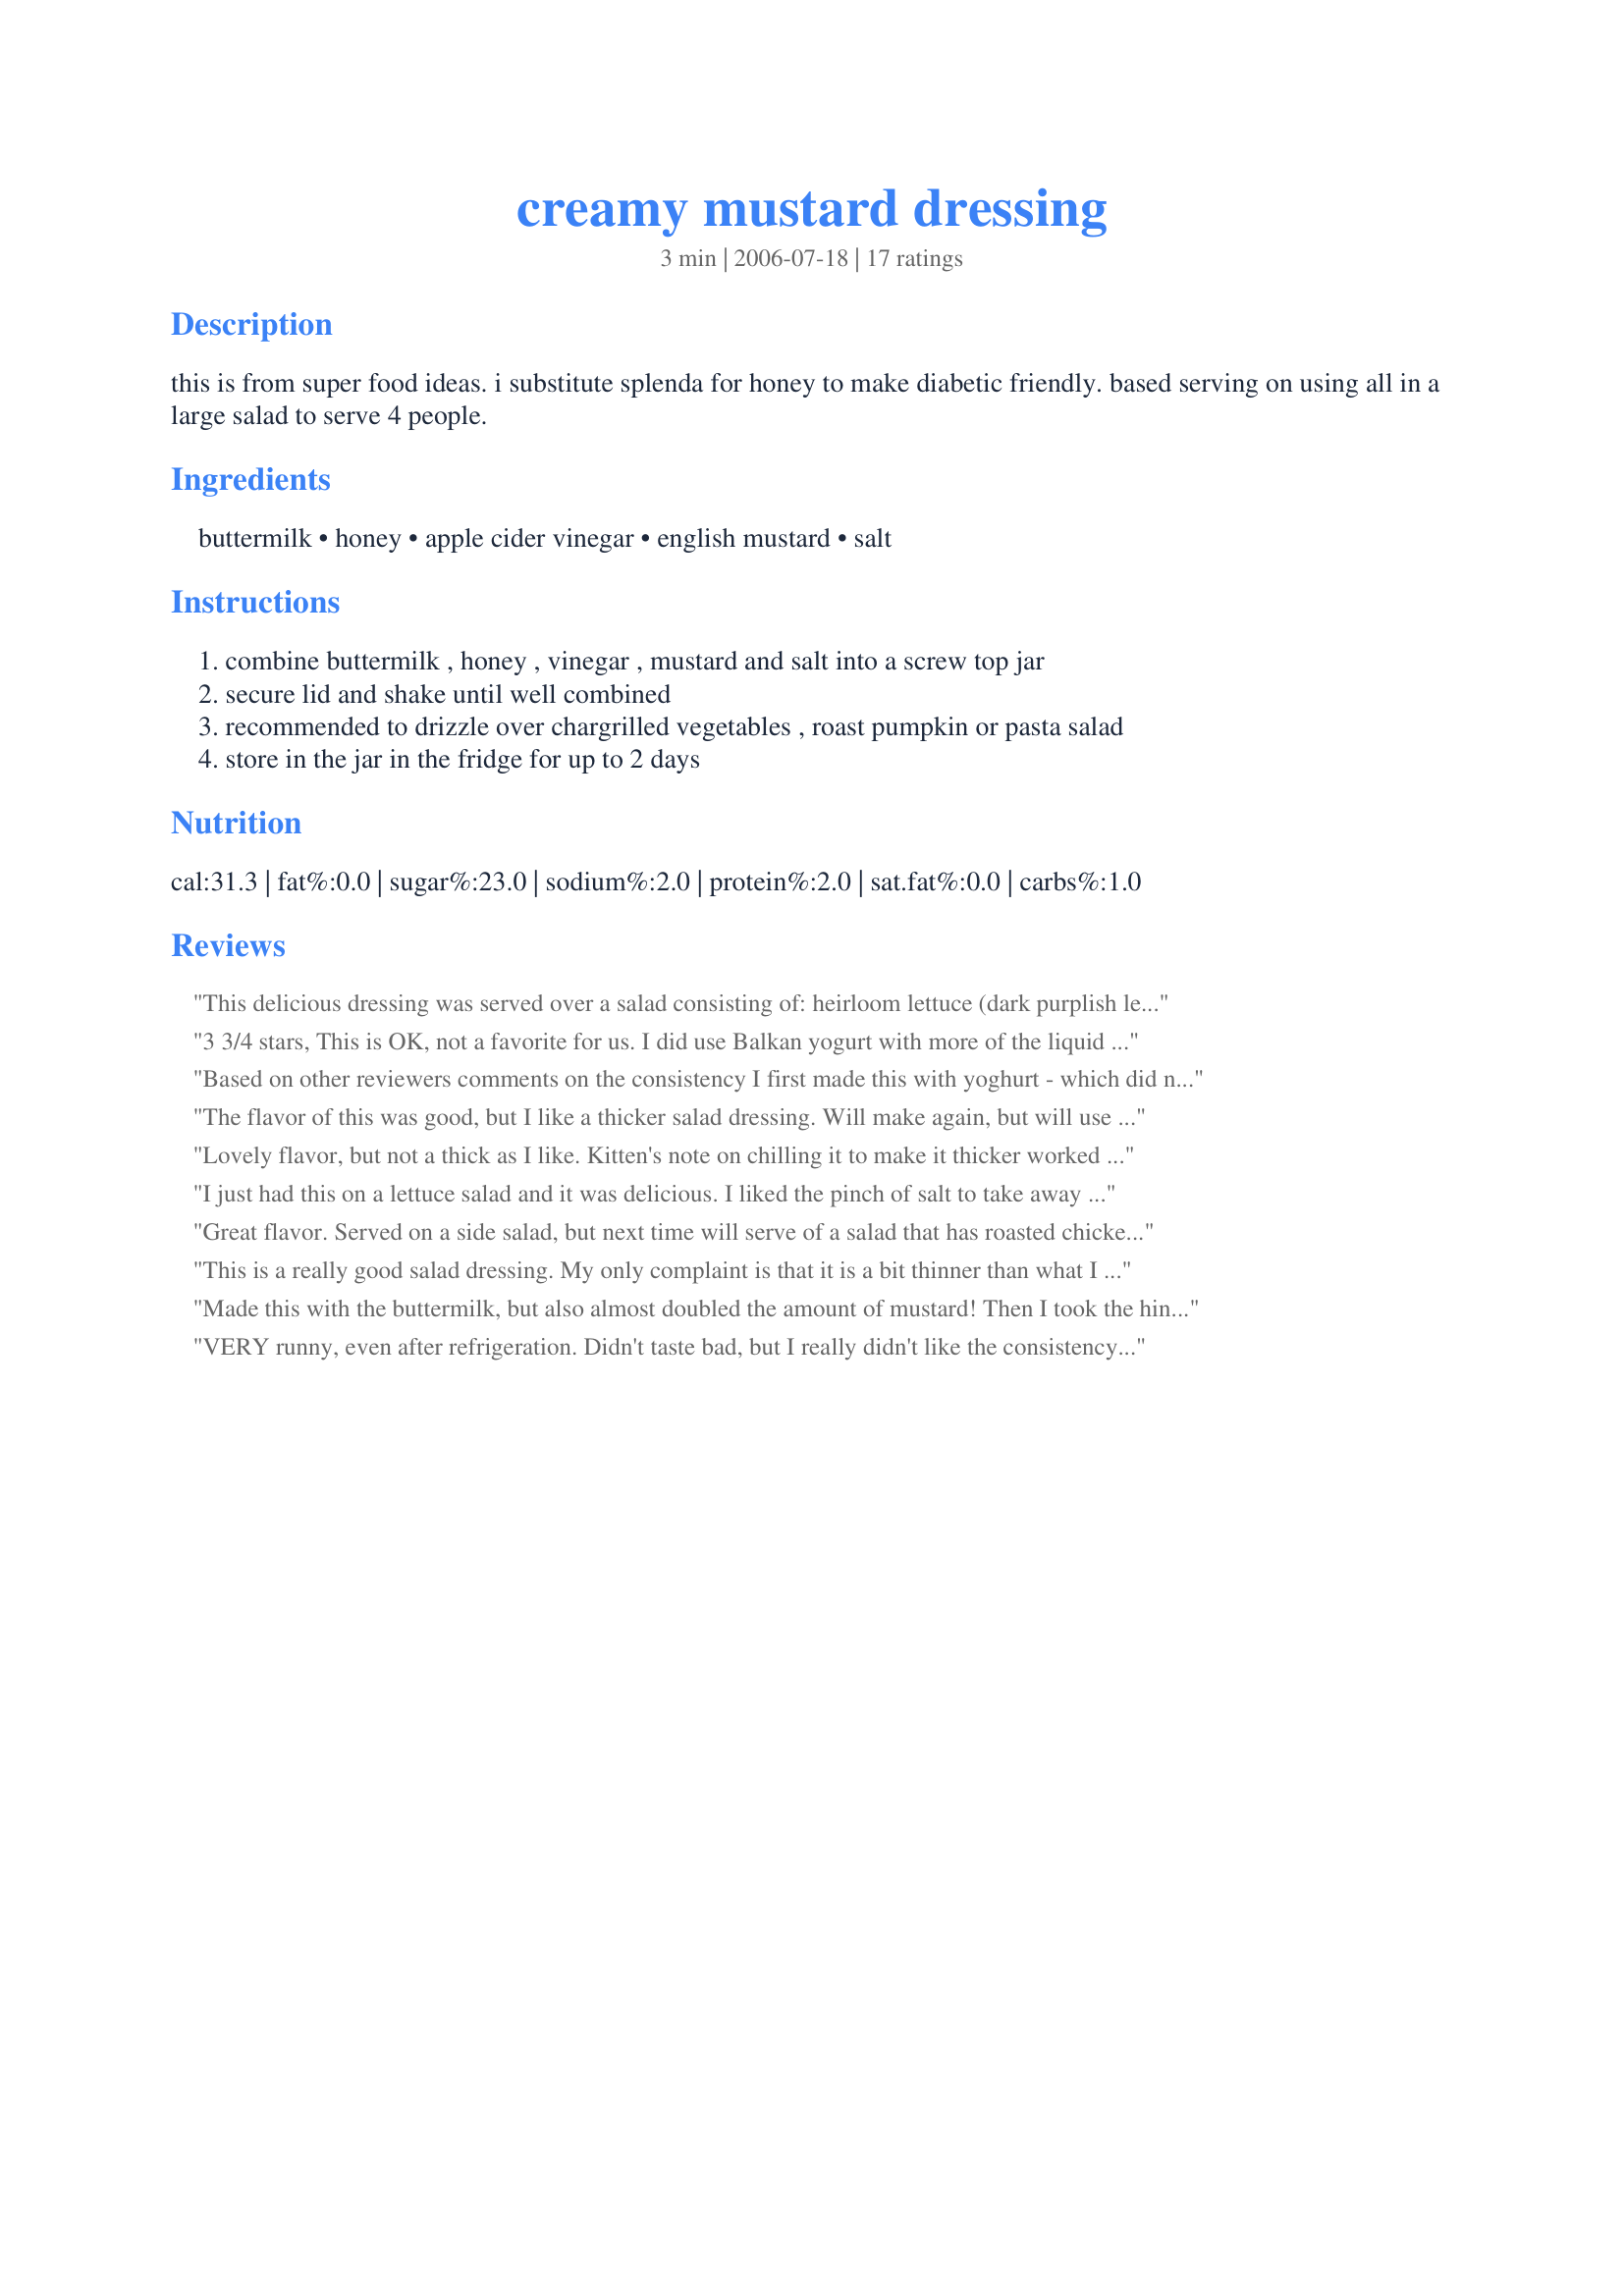
creamy mustard dressing
Preparation time: 3 minutes

this is from super food ideas. i substitute splenda for honey to make diabetic friendly. based serving on using all in a large salad to serve 4 people.

Ingredients:
buttermilk, honey, apple cider vinegar, english mustard, salt

Steps:
combine buttermilk , honey , vinegar , mustard and salt into a screw top jar
secure lid and shake until well combined
recommended to drizzle over chargrilled vegetables , roast pumpkin or pasta salad
store in the jar in the fridge for up to 2 days

Reviews:
This delicious dressing was served over a salad consisting of: heirloom lettuce (dark purplish leaves), cucumbers, red bell, carrots and white cabbage. I used local clover honey, raw organic apple cider vinegar and Coleman&#039;s mustard. The longer the dressing sits the better it tastes. Made for Make My Recipe Downunder/September.
3 3/4 stars, This is OK, not a favorite for us. I did use Balkan yogurt with more of the liquid on top and it was a good consistency. I used organic honey and organic apple cider vinegar. Made for MAKE MY RECIPE~Tag Game. Spring Ed'n.
Based on other reviewers comments on the consistency I first made this with yoghurt - which did not work out at all. Then I made as posted but let sit in the fridge overnight. This really does help and it thickened nicely, so you sort of need to make this ahead. I used regular milk and added the vinegar and let sit for a bit before adding the remaining ingredients (milk vinegar = buttermilk). I am not much of a sweet dressing kind of person so the review is based on my DH comments, he found it really good over a salad.
The flavor of this was good, but I like a thicker salad dressing. Will make again, but will use Greek yogurt in place of the buttermilk. Made for Healthy Choices ABC.
Lovely flavor, but not a thick as I like. Kitten's note on chilling it to make it thicker worked though. Made for holiday tag, thanks for a nice dressing.
I just had this on a lettuce salad and it was delicious. I liked the pinch of salt to take away some of the sweetness of the honey. I might try less honey next time. But still with that it is a very good dressing. Will make again. Made for *1 2 3 Hit Wonders* game 2007
Great flavor. Served on a side salad, but next time will serve of a salad that has roasted chicken and this would be wonderful on chicken. Made one change based on other reviews saying dressing was to thin, so used 1/2 buttermilk and 1/2 mayo. Must say this honey mustard dressing will give all others a run for there money. Thanks so much for the post.
This is a really good salad dressing. My only complaint is that it is a bit thinner than what I prefer...but other than that....no complaints.
Made this with the buttermilk, but also almost doubled the amount of mustard! Then I took the hint from Deantini's recipe & allowed it to chill in the frig for a bit over 24 hours & we had a very satisfying creamy dressing, though I was the one who particularly enjoyed the mustardy taste! Thanks so much for this great recipe! [Made & reviewed in Zaar Stars tag]
VERY runny, even after refrigeration. Didn't taste bad, but I really didn't like the consistency. Next time I would use yogurt.
Great dressing, but not as thick as I'd have liked it. I added about 1/4 c of light mayo to mix and it was just right. Very tasty. I used splenda instead of honey and I used reg table mustard. I think this would be great with a good grainy mustard too.
I think this dressing was great, only a little to vinegar-y. I would cut the vinegar a little bit, and it would be perfect (however, I did substitute buttermilk with 1c milk 1 tbsp vinegar which does = regular buttermilk, but it may have made a smidgen of a difference). Obviously, as people say, its not a thick dressing, but I stirred up my salad, and I had great taste on every bite, so it was fine. More the consistency of Italian than ranch dressing. Calorie wise, its great, so thanks!
this is good but just a tad thin for out liking, might reduce the buttermilk down by a couple tablespoons next time, the flavor definately improves with chilling time, thanks Chef Potts!...Kitten:)
Like other reviewers, I found this to be a little on the thin side. The taste is wonderful, but it definitely needs to be refrigerated for a while before serving or it is too runny. Thanks for sharing!
I so prefer this dressing to really thick dressings so this fit the bill perfect for a fresh salad on the farm this very hot afternoon. Just so nice, the buttermilk really makes this dressing "sing" the English mustard just the right tartness and the cider vinegar and honey just Smoooootthhhh this out nicely. I used about 1/2 teaspoon of kosher salt as this brings out all the flavors and gives it that extra little boost. Perfect, we really loved this wonderful salad dressing and will use this often as the ease and taste are just stupendous. Thanks, Chef Potts! Made for *SSC Pet Parade* July 2008.
Based on some of the other reviews I decided to use Greek yogurt in place of the buttermilk. It made a delicious creamy and rich salad dressing without added fat. The honey was a little overpowering for me and something I might cut back on a bit next go and I do plan on making it again.
I made this and served on a salad of baby greens. Yum! Thanks Pat! Made for Make My Recipe-Australian.
